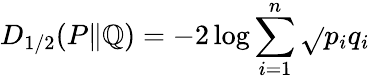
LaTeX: D_{1/2}(P\| \mathbb{Q})=-2\log\sum_{i=1}^{n}{\sqrt{}{{p_{i}q_{i}}}}